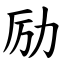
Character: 励